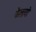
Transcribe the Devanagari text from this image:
फैलायो